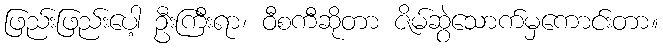
ဖြည်းဖြည်းပေါ့ ဦးကြီးရာ၊ ဝီစကီဆိုတာ ဇိမ်ဆွဲသောက်မှကောင်းတာ။